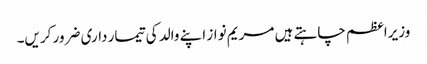
وزیراعظم چاہتے ہیں مریم نواز اپنے والد کی تیمار داری ضرور کریں۔